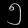
Digit: ၅